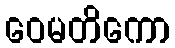
ဝေမတိကော